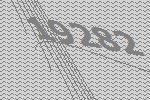
19282